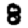
Digit: 8